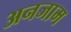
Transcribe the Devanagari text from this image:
अनजाम